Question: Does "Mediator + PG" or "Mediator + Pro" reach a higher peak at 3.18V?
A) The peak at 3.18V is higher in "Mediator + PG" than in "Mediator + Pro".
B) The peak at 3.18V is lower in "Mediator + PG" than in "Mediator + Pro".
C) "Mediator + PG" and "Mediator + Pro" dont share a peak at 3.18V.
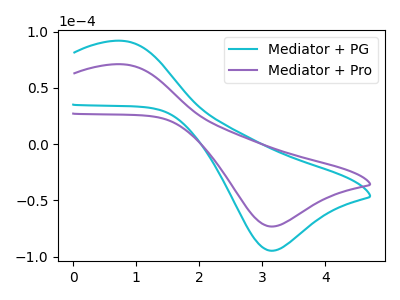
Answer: <think>The cyan curve "Mediator + PG" has an anodic peak at (0.80V, 91.65uA) and a cathodic peak at (3.20V, -94.70uA). The purple curve "Mediator + Pro" has an anodic peak at (0.80V, 70.85uA) and a cathodic peak at (3.20V, -73.20uA).</think>
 <answer>A) The peak at 3.18V is higher in "Mediator + PG" than in "Mediator + Pro".</answer>
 <eval>A</eval>